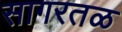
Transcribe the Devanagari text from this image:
सागरतळ